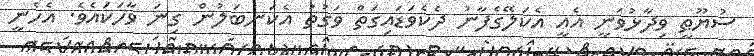
ސުޔޫޠީ ވިދާޅުވަނީ އެއީ އެކަލޭގެފާނު ދެކެވަޑައިގަތް ވަގުތު އެކަނބަލުން ގިނަ ވާހަކައެވެ. އެހެނީ